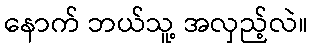
နောက် ဘယ်သူ့ အလှည့်လဲ။